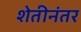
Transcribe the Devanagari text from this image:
शेतीनंतर